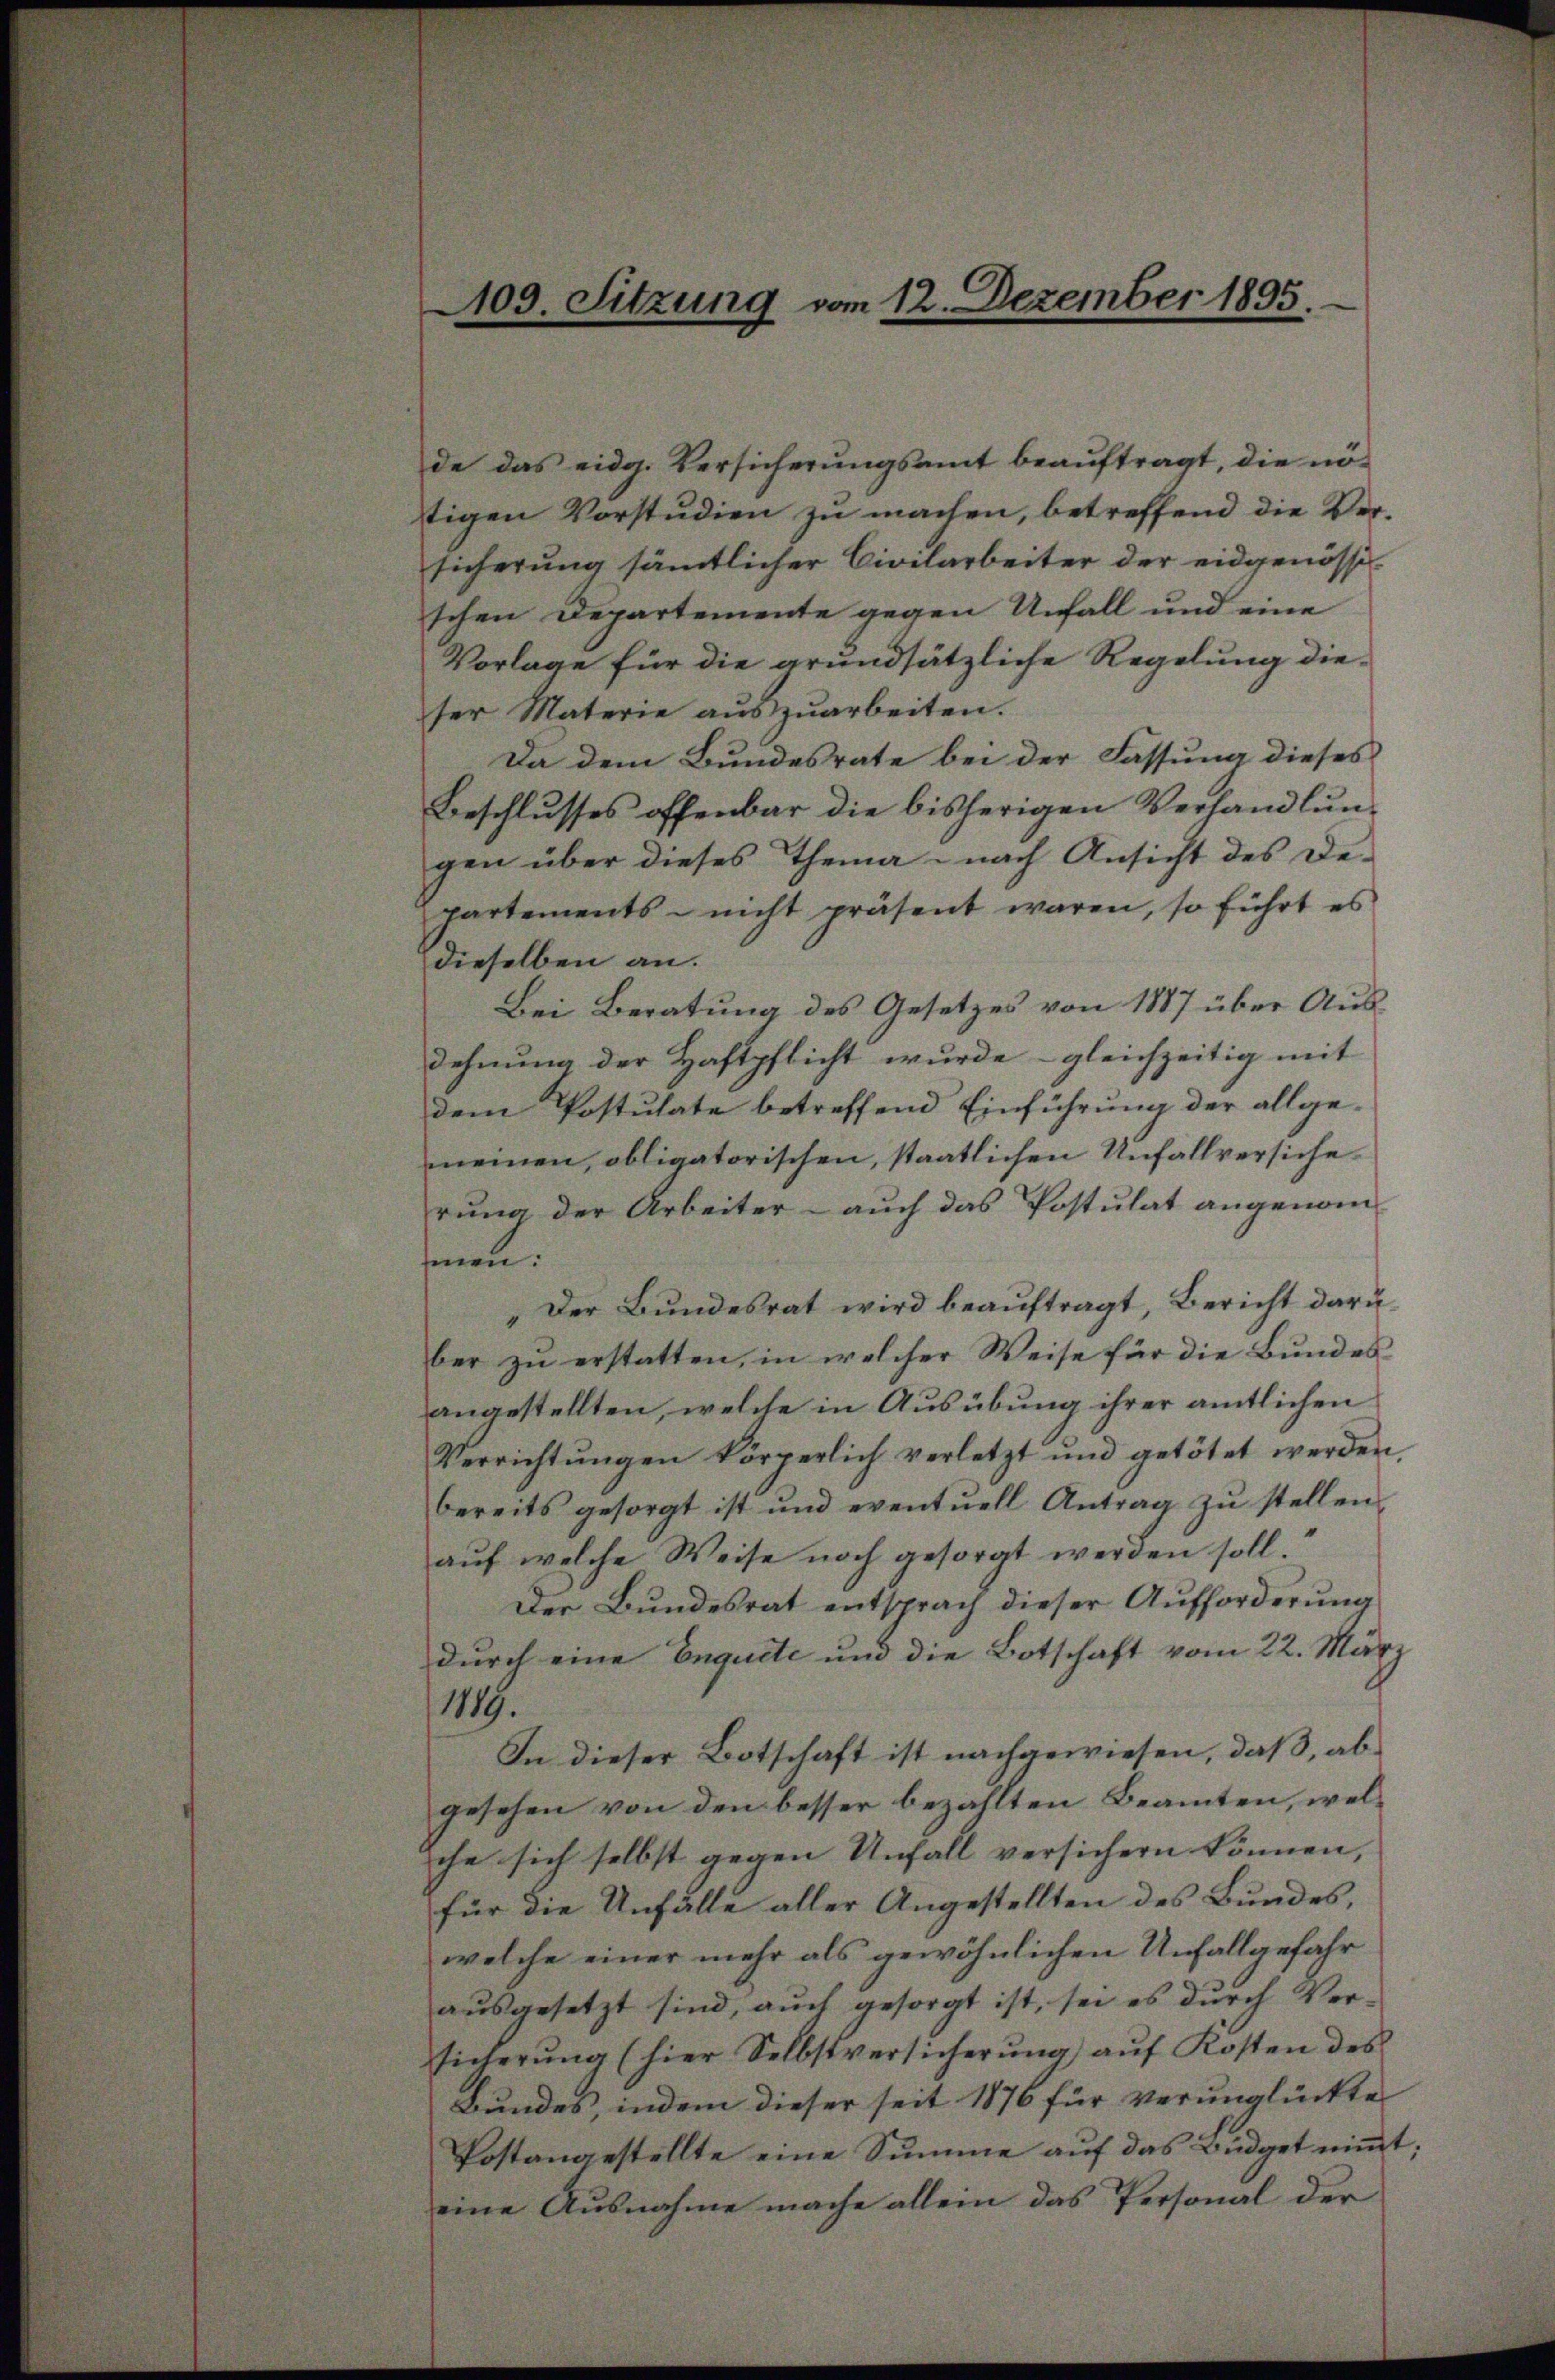
109. Sitzung vom 12. Dezember 1895.

de das eidg. Versicherungsamt beaŭftragt, die nö-
stigen Vorstudien zu machen, betreffend die Versicherung sämtlicher Civilarbeiter der eidgenössi
schen Departemente gegen Unfall und eine
Vorlage für die grundsätzliche Regelung dieser Materie aŭszŭarbeiten.
Da dem Bundesrate bei der Fassung dieses
Beschlusses offenbar die bisherigen Verhandlungen über dieses Thema nach Ansicht des De-
partements nicht präsent waren, so führt es
dieselben an.
Bei Beratung des Gesetzes von 1887 über Ausdehnung der Haftpflicht wurde - gleichzeitig mit
dem Postulate betreffend Einführung der allgemeinen, obligatorischen, staatlichen Unfallversiche
rung der Arbeiter - auch das Postulat angenom-
sinen.
„Der Bundesrat wird beauftragt, Bericht darüber zu erstatten, in welcher Weise für die Bundes
angestellten, welche in Ausübung ihrer amtlichen
Verrichtŭngen körperlich verletzt und getötet werden,
bereits gesorgt ist und eventuell Antrag zŭ stellen.
aŭf welche Weise noch gesorgt werden soll.
Der Bundesrat entsprach dieser Aufforderung
durch eine Enquete und die Botschaft vom 22. Mär¬
1819.
In dieser Botschaft ist nachgewiesen, daß, abgesehen von den besser bezahlten Beamten, welche sich selbst gegen Unfall versichern können, |
für die Unfälle aller Angestellten des Bundes,
welche einer mehr als gewöhnlichen Unfallgefahr
ausgesetzt sind, auch gesorgt ist, sei es durch Versicherŭng (hier Selbstversicherŭng aŭf Kosten des
Bundes, indem dieser seit 1876 für verunglückte
Postangestellte eine Summe auf das Büdget nimmt;
eine Ausnahme mache allein das Personal der